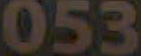
053